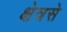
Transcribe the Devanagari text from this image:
क्षेत्रसे